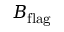
B _ { \mathrm { f l a g \it } }